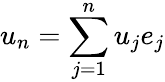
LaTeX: u_{n}=\sum_{j=1}^{n}u_{j}e_{j}